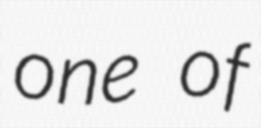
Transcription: one of